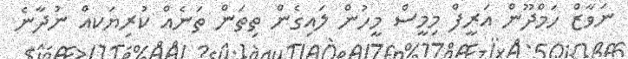
ނަވާޒް ހަމްދޫން އަރީފް މިމީސް މީހުން ލައިގެން ތިތަން ތަނެއް ކުރިޔަކއް ނުދާނެ